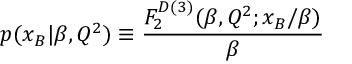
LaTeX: p ( x _ { B } | \beta , Q ^ { 2 } ) \equiv { \frac { F _ { 2 } ^ { D ( 3 ) } ( \beta , Q ^ { 2 } ; x _ { B } / \beta ) } { \beta } }